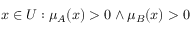
x \in { U } : \mu _ { A } ( x ) > 0 \land \mu _ { B } ( x ) > 0